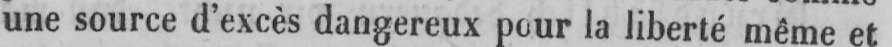
une source d’excès dangereux pour la liberté même et